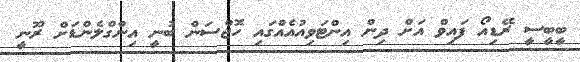
ބީބީސީ ރޭޑިއޯ ފައިވް އަށް ދިން އިންޓަވިއުއެއްގައި ހޮޖްސަން ބުނީ އިންގްލެންޑަށް ރޫނީ